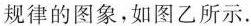
规律的图象，如图乙所示.